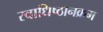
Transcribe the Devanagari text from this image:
स्वाधिष्ठानक्रम